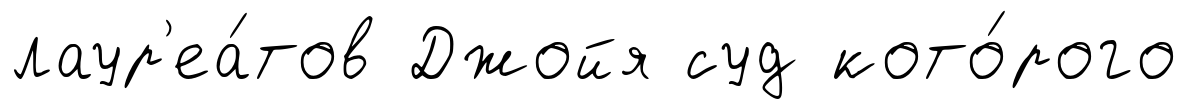
лаур'еа́тов Джойя суд кото́рого